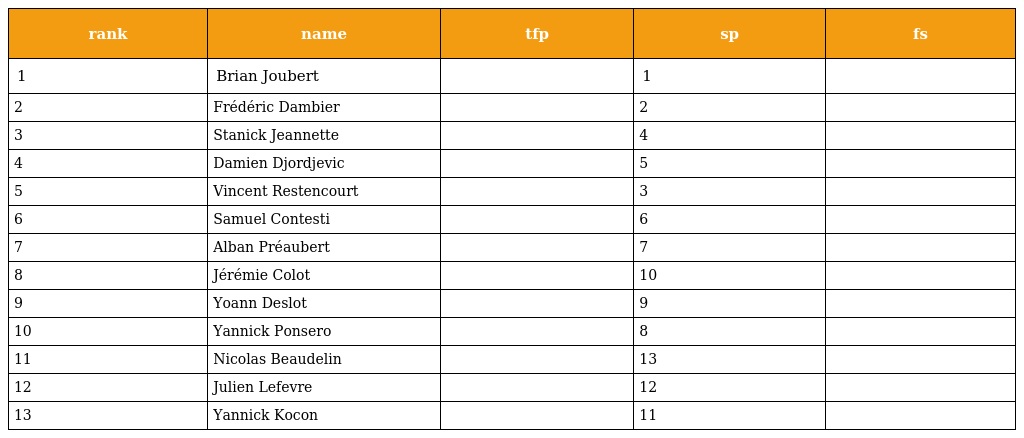
| rank | name | tfp | sp | fs |
 | --- | --- | --- | --- | --- |
 | 1 | Brian Joubert |  | 1 |  |
 | 2 | Frédéric Dambier |  | 2 |  |
 | 3 | Stanick Jeannette |  | 4 |  |
 | 4 | Damien Djordjevic |  | 5 |  |
 | 5 | Vincent Restencourt |  | 3 |  |
 | 6 | Samuel Contesti |  | 6 |  |
 | 7 | Alban Préaubert |  | 7 |  |
 | 8 | Jérémie Colot |  | 10 |  |
 | 9 | Yoann Deslot |  | 9 |  |
 | 10 | Yannick Ponsero |  | 8 |  |
 | 11 | Nicolas Beaudelin |  | 13 |  |
 | 12 | Julien Lefevre |  | 12 |  |
 | 13 | Yannick Kocon |  | 11 |  |